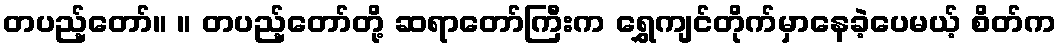
တပည့်တော်။ ။ တပည့်တော်တို့ ဆရာတော်ကြီးက ရွှေကျင်တိုက်မှာနေခဲ့ပေမယ့် စိတ်က